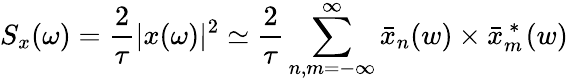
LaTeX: S_{x}(\omega)=\frac{2}{\tau}|x(\omega)|^{2}\simeq\frac{2}{\tau}\sum_{n,m=-\infty}^{\infty}\bar{x}_{n}(w)\times\bar{x}_{m}^{\mathrm{~*~}}(w)